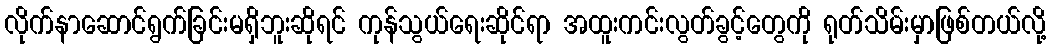
လိုက်နာဆောင်ရွက်ခြင်းမရှိဘူးဆိုရင် ကုန်သွယ်ရေးဆိုင်ရာ အထူးကင်းလွတ်ခွင့်တွေကို ရုတ်သိမ်းမှာဖြစ်တယ်လို့